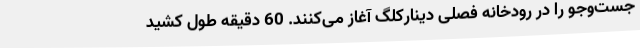
جست‌وجو را در رودخانه فصلی دینارکلگ آغاز می‌کنند. 60 دقیقه طول کشید